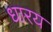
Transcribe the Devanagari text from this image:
धारय